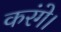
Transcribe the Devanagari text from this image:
करंगे।